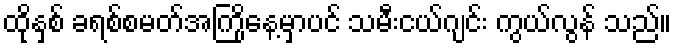
ထိုနှစ် ခရစ်စမတ်အကြိုနေ့မှာပင် သမီးငယ်ဂျင်း ကွယ်လွန် သည်။